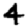
Digit: 4